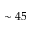
\sim 4 5